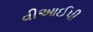
વીઆઈપી